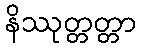
နိဿုတ္တတ္တာ